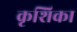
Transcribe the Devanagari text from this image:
कृशिका